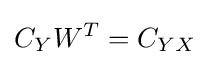
C_{Y}W^{T}=C_{YX}